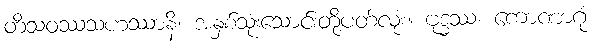
တိံသဝဿသဟဿာနိ၊ အနှစ်သုံးသောင်းတို့ပတ်လုံး။ ဗုဒ္ဓဿ၊ ကောဏာဂုံ